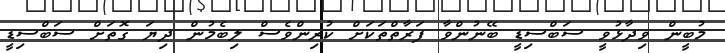
މުބީން ވިދާޅުވީ ސަބްސިޑީ ބޭނުންވާ ފަރާތްތަކަށް ކުރިންވެސް ލިބެމުން ދިޔަ ގޮތަށް ސަބްސިޑީ